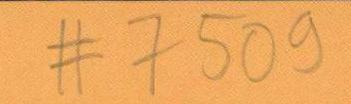
# 7509